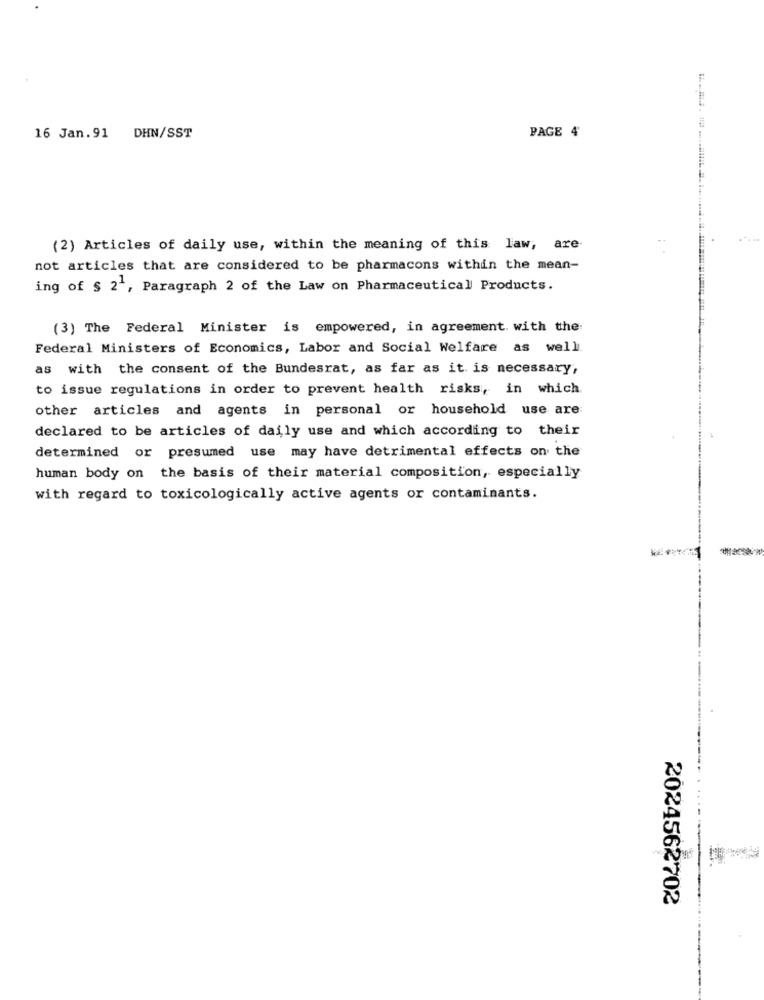
16 Jan. 91 DHN/SST
PAGE 4
(2) Articles of daily use, within the meaning of this law, are
not articles that are considered to be pharmacons within the mean-
ing of $ 2', Paragraph 2 of the Law on Pharmaceutical Products.
(3) The Federal Minister is empowered, in agreement. with the:
Federal Ministers of Economics, Labor and Social Welfare as well.
as with the consent of the Bundesrat, as far as it is necessary,
to issue regulations in order to prevent health risks, in which.
other articles and agents in personal or household use are
declared to be articles of daily use and which according to their
determined or presumed use may have detrimental effects on the
human body on the basis of their material composition, especially
with regard to toxicologically active agents or contaminants.
2024562702